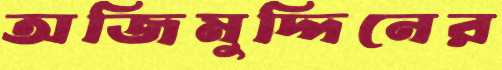
অজিমুদ্দিনের